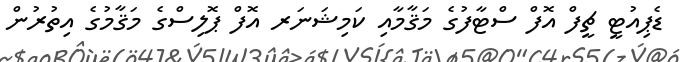
ޑެޕިއުޓީ ޗީފް އޮފް ސްޓާފުގެ މަޤާމާއި ކަމިޝަނަރ އޮފް ޕޮލިސްގެ މަޤާމުގެ އިތުރުން